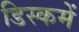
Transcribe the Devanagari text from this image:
डिस्कमें